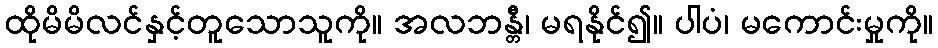
ထိုမိမိလင်နှင့်တူသောသူကို။ အလဘန္တီ၊ မရနိုင်၍။ ပါပံ၊ မကောင်းမှုကို။